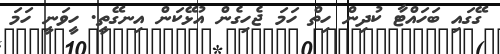
ގޭގައި ބަހައްޓާ ކުދިން ހިތް ހަމަ ޖެހިގެން އުޅޭކަން އިނގޭތީ. ހީވަނީ ހަމަ